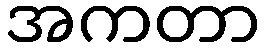
အကတာ